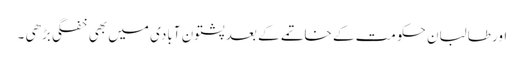
اور طالبان حکومت کے خاتمے کے بعد پشتون آبادی میں بھی خفگی بڑھی ۔